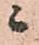
ニ